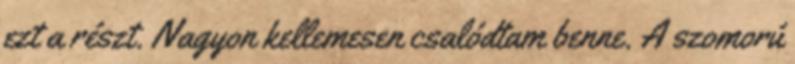
ezt a részt. Nagyon kellemesen csalódtam benne. A szomorú